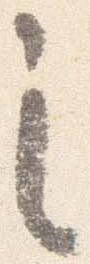
之